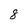
Character: 8